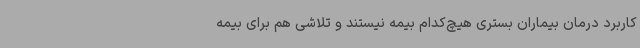
کاربرد درمان بیماران بستری هیچ‌کدام بیمه نیستند و تلاشی هم برای بیمه